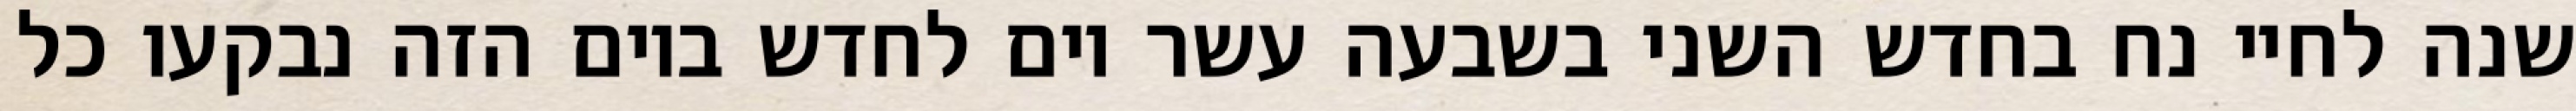
שנה לחיי נח בחדש השני בשבעה עשר יום לחדש ביום הזה נבקעו כל